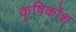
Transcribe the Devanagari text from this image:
कृषिकोश